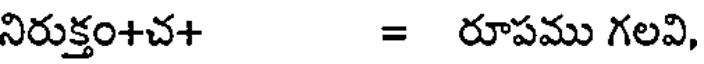
నిరుక్తం+చ+ = రూపము గలవి,